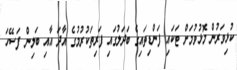
ކުޅިވަރުން މޮޅުވުމަށް ޓަކައި ފަންޑިތައިގެ ބަދަލުގައި ފަރިތަކުރުމުގެ އާދަ އާއި ބަލިން ފަސޭހަ